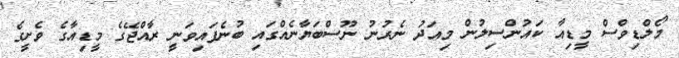
މޯލްޑިވްސް މީޑިއާ ކައުންސިލުން މިއަދު ނެރުނު ނޫސްބަޔާނެއްގައި ބުނެފައިވަނީ ރާއްޖޭގެ މީޑިއާގެ ވެށީގެ